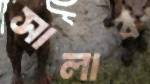
সালাব